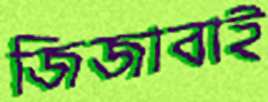
জিজাবাই